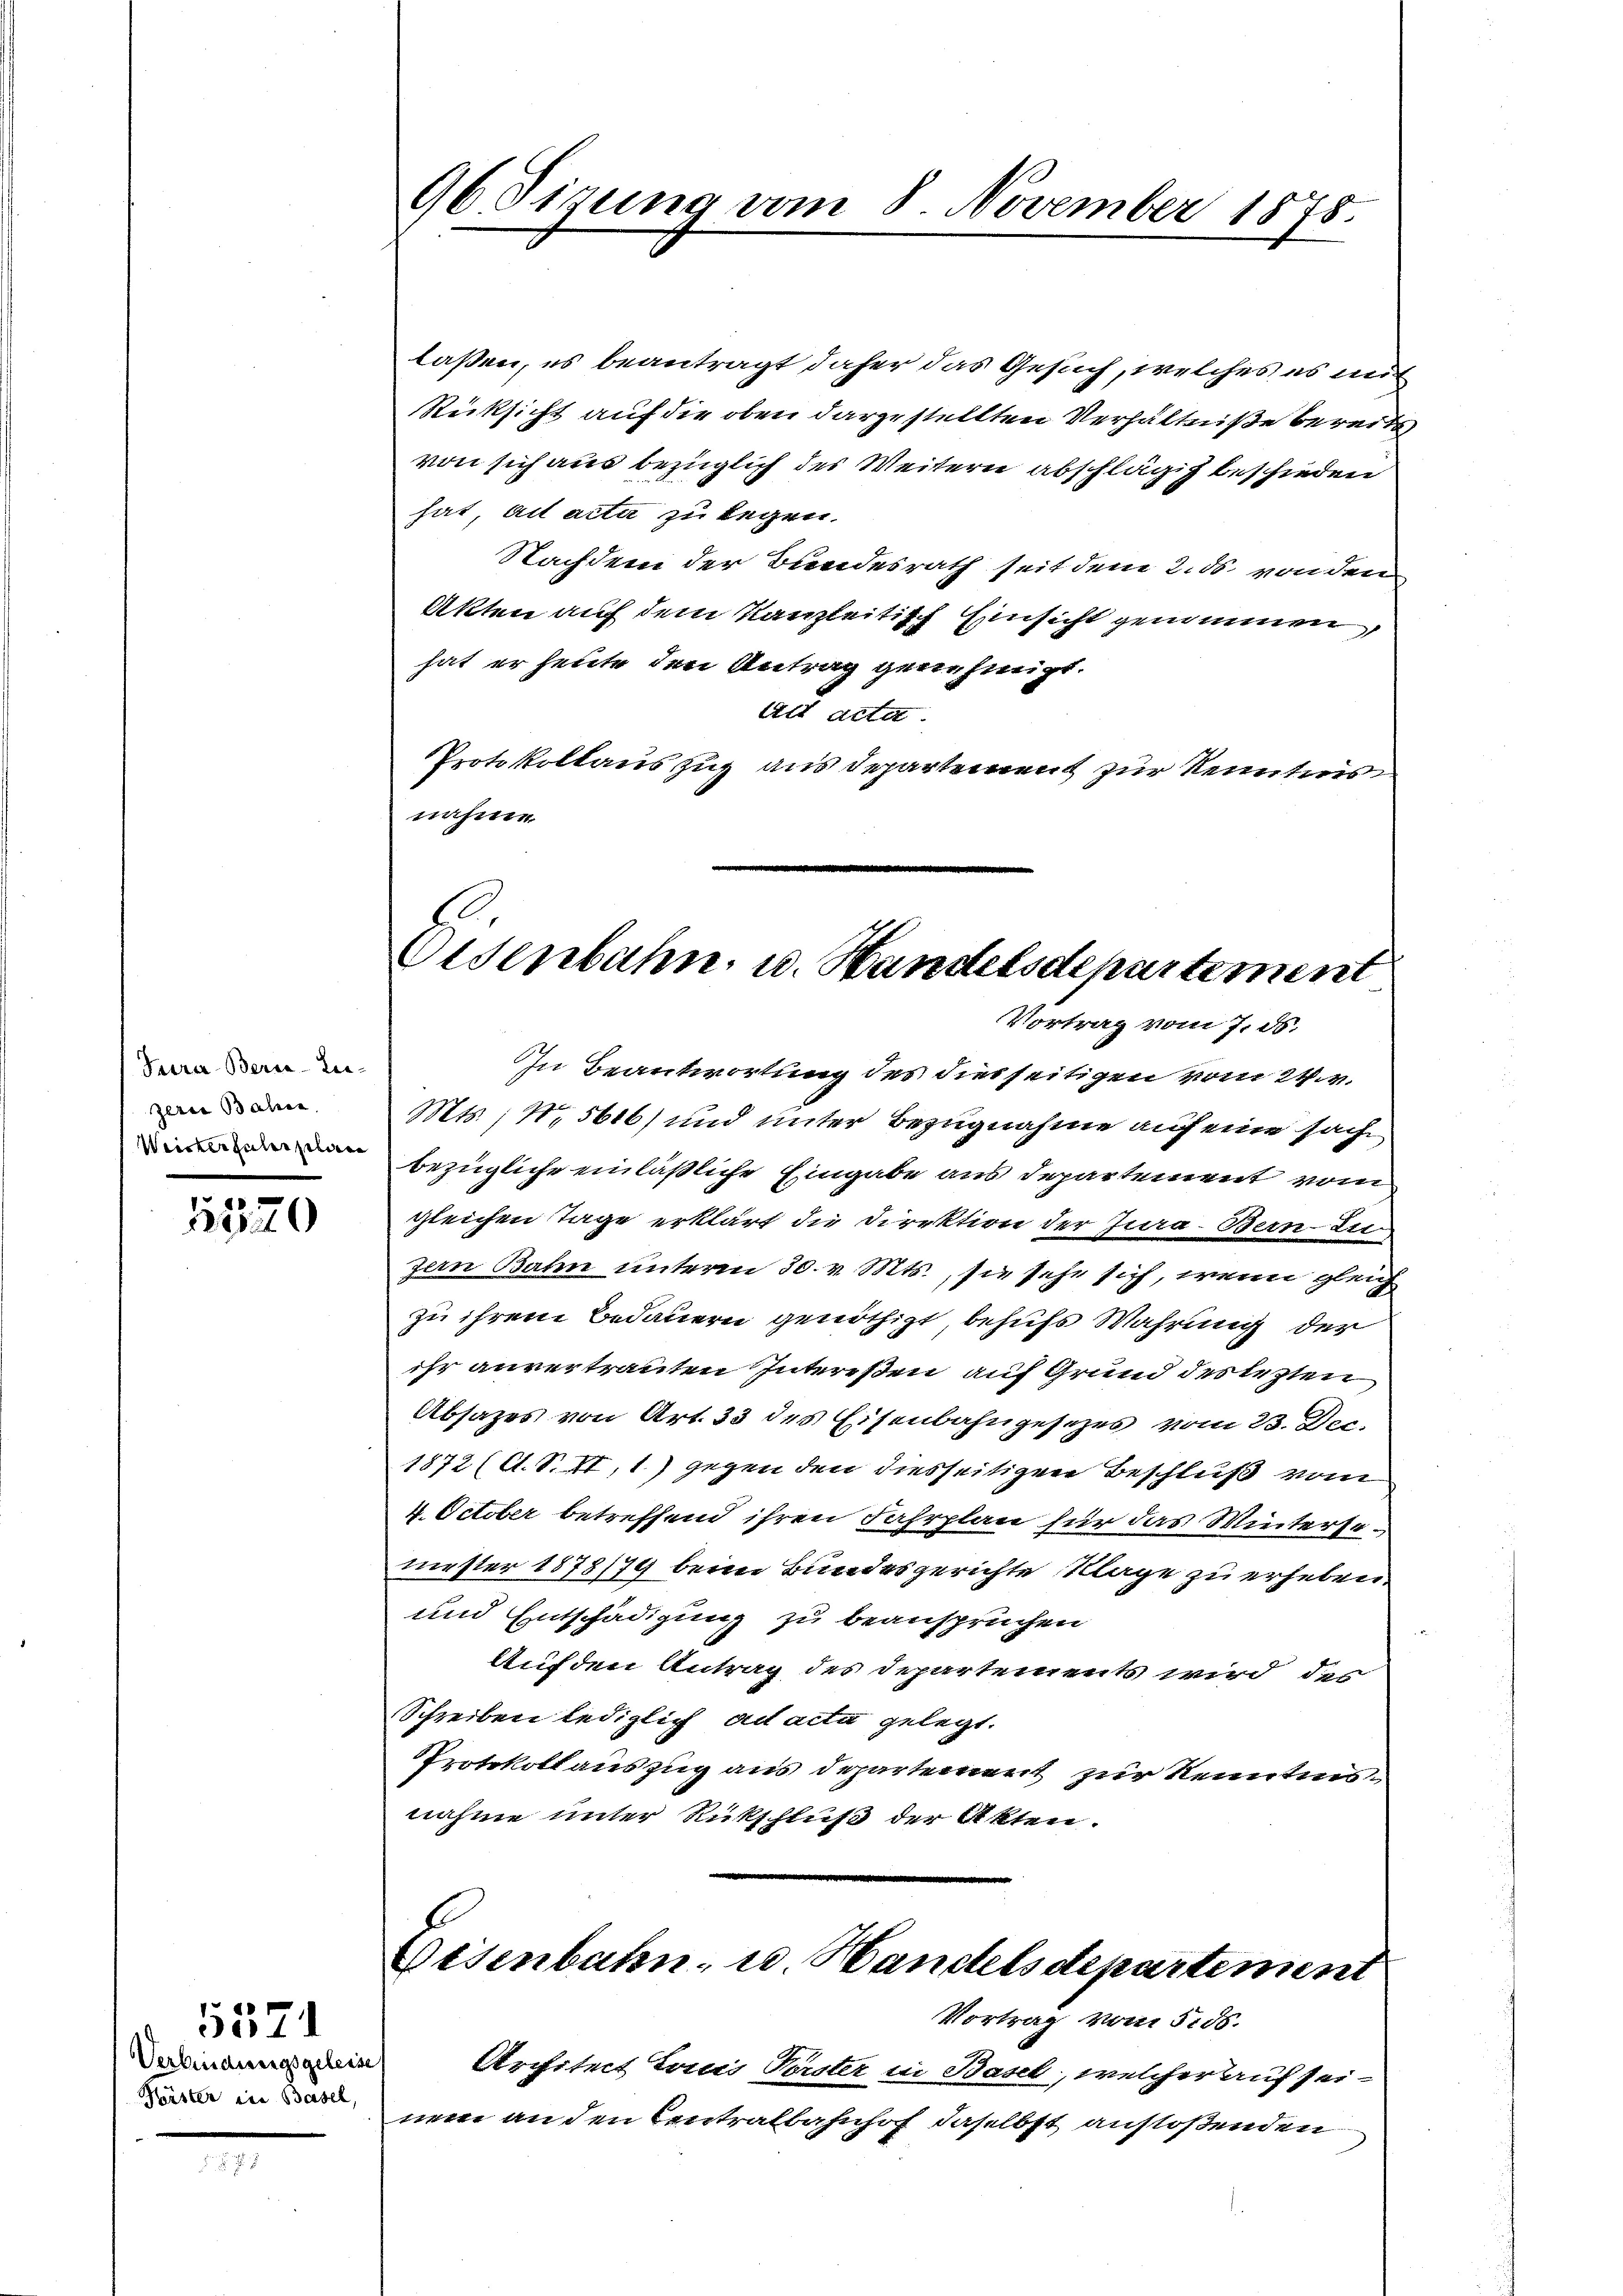
Tura-Beri-Le-
zern Bahn
Weiter haberplan

5520

5571
Verbindungsgeleise
Körster in Basel,

96 Sirung vom 8. November 1878.

Eisenbahn u. Handelsdepartement
Vortrag vom 7. ds.

laßen, es beantragt daher das Gesuch, welches es mit
Rücksicht auf die oben dargestellten Verhältniße bereits
von sich aus bezüglich des Weitern abschlägig beschieden
hat ad acta zu legen-
Nachdem der Bundesrath seit dem 2. ds. von den
Akten auf dem Kanzleitisch Einsicht genommen,
hat er heute den Antrag genehmigt.
Als acta
Protokollauszug aus Departement zur Kenntnis
nahme
In Beantwortung des diesseitigen vom 24. v.
Mts., N. 5616) und unter Bezugnahme auf eine sache
bezügliche einläßliche Eingabe aus Departement vom
gleichen Tage erklärt die Direktion der Jura. Bern zu
zan Bahn unterm 30. v. Mts., sie sehe sich, wenn gleich
zu ihrem Bedauern genöthigt behufs Wahrung der
ihr anvertrauten Intereßen auf Grund des lezten
Absatzes von Art. 33 des Eisenbahngesezes vom 23. Dec.
1872 (A.S. II,1) gegen den diesseitigen Beschluß vom
4. October betreffend ihren Fahrplan für das Wintersemester 1878/79 beim Bundesgerichte Klage zu erheben.
und Entschädigung zu beansprüchen
Auf den Antrag des Departements wird des
Schreiben lediglich ad acta gelegt.
Protokollauszug aus Departement zur Kenntnisnahme unter Rückschluß der Akten.

Eisenbahn, u. Handelsdepartement
Vortrag vom 5. 56.

Architect Louis Vorster in Basel, welcher auf sei-
nem an den Centralbahnhof daselbst anstoßenden